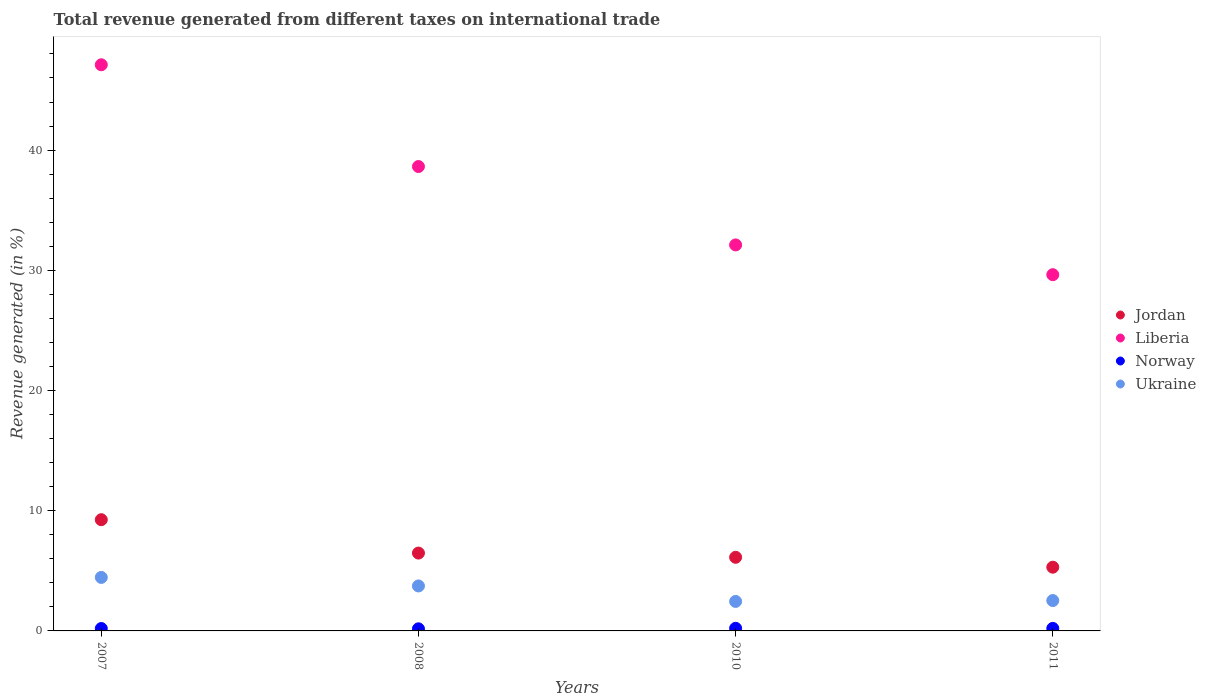
| Years | Jordan | Liberia | Norway | Ukraine |
 | --- | --- | --- | --- | --- |
 | 2007 | 9.25 | 47.1 | 0.199 | 4.45 |
 | 2008 | 6.48 | 38.6 | 0.175 | 3.74 |
 | 2010 | 6.13 | 32.1 | 0.218 | 2.45 |
 | 2011 | 5.3 | 29.6 | 0.21 | 2.53 |